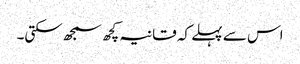
اس سے پہلے کہ قانیہ کچھ سمجھ سکتی۔